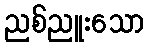
ညစ်ညူးသော